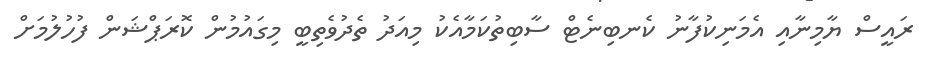
ރައީސް ޔާމިނާއި އެމަނިކުފާނު ކެނބިނެޓް ސާބިތުކަމާއެކު މިއަދު ތެދުވެތިބީ މިގައުމުން ކޮރަޕްޝަން ފުހުލުމަށް